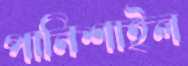
পানিশাইল